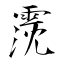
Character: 霃